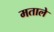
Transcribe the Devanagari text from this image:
मताले